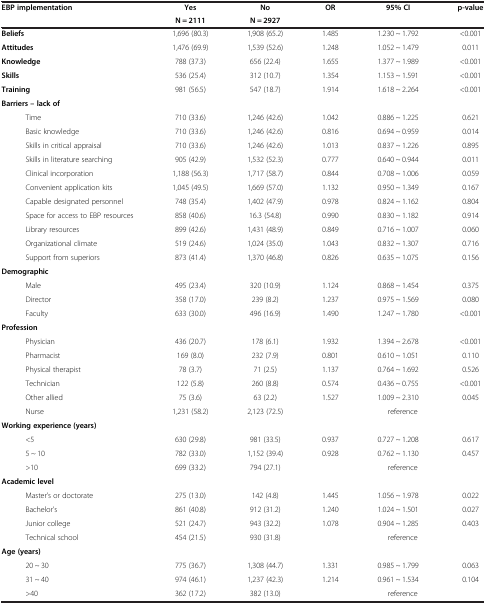
<table><thead><tr><td rowspan="2"><b>EBP implementation</b></td><td><b>Yes</b></td><td><b>No</b></td><td rowspan="2"><b>OR</b></td><td rowspan="2"><b>95% CI</b></td><td rowspan="2"><b>p-value</b></td></tr><tr><td><b>N = 2111</b></td><td><b>N = 2927</b></td></tr></thead><tbody><tr><td><b>Beliefs</b></td><td>1,696 (80.3)</td><td>1,908 (65.2)</td><td>1.485</td><td>1.230 ~ 1.792</td><td>&lt;0.001</td></tr><tr><td><b>Attitudes</b></td><td>1,476 (69.9)</td><td>1,539 (52.6)</td><td>1.248</td><td>1.052 ~ 1.479</td><td>0.011</td></tr><tr><td><b>Knowledge</b></td><td>788 (37.3)</td><td>656 (22.4)</td><td>1.655</td><td>1.377 ~ 1.989</td><td>&lt;0.001</td></tr><tr><td><b>Skills</b></td><td>536 (25.4)</td><td>312 (10.7)</td><td>1.354</td><td>1.153 ~ 1.591</td><td>&lt;0.001</td></tr><tr><td><b>Training</b></td><td>981 (56.5)</td><td>547 (18.7)</td><td>1.914</td><td>1.618 ~ 2.264</td><td>&lt;0.001</td></tr><tr><td><b>Barriers – lack of</b></td><td> </td><td> </td><td> </td><td> </td><td> </td></tr><tr><td>Time</td><td>710 (33.6)</td><td>1,246 (42.6)</td><td>1.042</td><td>0.886 ~ 1.225</td><td>0.621</td></tr><tr><td>Basic knowledge</td><td>710 (33.6)</td><td>1,246 (42.6)</td><td>0.816</td><td>0.694 ~ 0.959</td><td>0.014</td></tr><tr><td>Skills in critical appraisal</td><td>710 (33.6)</td><td>1,246 (42.6)</td><td>1.013</td><td>0.837 ~ 1.226</td><td>0.895</td></tr><tr><td>Skills in literature searching</td><td>905 (42.9)</td><td>1,532 (52.3)</td><td>0.777</td><td>0.640 ~ 0.944</td><td>0.011</td></tr><tr><td>Clinical incorporation</td><td>1,188 (56.3)</td><td>1,717 (58.7)</td><td>0.844</td><td>0.708 ~ 1.006</td><td>0.059</td></tr><tr><td>Convenient application kits</td><td>1,045 (49.5)</td><td>1,669 (57.0)</td><td>1.132</td><td>0.950 ~ 1.349</td><td>0.167</td></tr><tr><td>Capable designated personnel</td><td>748 (35.4)</td><td>1,402 (47.9)</td><td>0.978</td><td>0.824 ~ 1.162</td><td>0.804</td></tr><tr><td>Space for access to EBP resources</td><td>858 (40.6)</td><td>16.3 (54.8)</td><td>0.990</td><td>0.830 ~ 1.182</td><td>0.914</td></tr><tr><td>Library resources</td><td>899 (42.6)</td><td>1,431 (48.9)</td><td>0.849</td><td>0.716 ~ 1.007</td><td>0.060</td></tr><tr><td>Organizational climate</td><td>519 (24.6)</td><td>1,024 (35.0)</td><td>1.043</td><td>0.832 ~ 1.307</td><td>0.716</td></tr><tr><td>Support from superiors</td><td>873 (41.4)</td><td>1,370 (46.8)</td><td>0.826</td><td>0.635 ~ 1.075</td><td>0.156</td></tr><tr><td><b>Demographic</b></td><td> </td><td> </td><td> </td><td> </td><td> </td></tr><tr><td>Male</td><td>495 (23.4)</td><td>320 (10.9)</td><td>1.124</td><td>0.868 ~ 1.454</td><td>0.375</td></tr><tr><td>Director</td><td>358 (17.0)</td><td>239 (8.2)</td><td>1.237</td><td>0.975 ~ 1.569</td><td>0.080</td></tr><tr><td>Faculty</td><td>633 (30.0)</td><td>496 (16.9)</td><td>1.490</td><td>1.247 ~ 1.780</td><td>&lt;0.001</td></tr><tr><td><b>Profession</b></td><td> </td><td> </td><td> </td><td> </td><td> </td></tr><tr><td>Physician</td><td>436 (20.7)</td><td>178 (6.1)</td><td>1.932</td><td>1.394 ~ 2.678</td><td>&lt;0.001</td></tr><tr><td>Pharmacist</td><td>169 (8.0)</td><td>232 (7.9)</td><td>0.801</td><td>0.610 ~ 1.051</td><td>0.110</td></tr><tr><td>Physical therapist</td><td>78 (3.7)</td><td>71 (2.5)</td><td>1.137</td><td>0.764 ~ 1.692</td><td>0.526</td></tr><tr><td>Technician</td><td>122 (5.8)</td><td>260 (8.8)</td><td>0.574</td><td>0.436 ~ 0.755</td><td>&lt;0.001</td></tr><tr><td>Other allied</td><td>75 (3.6)</td><td>63 (2.2)</td><td>1.527</td><td>1.009 ~ 2.310</td><td>0.045</td></tr><tr><td>Nurse</td><td>1,231 (58.2)</td><td>2,123 (72.5)</td><td colspan="3">reference</td></tr><tr><td><b>Working experience (years)</b></td><td> </td><td> </td><td> </td><td> </td><td> </td></tr><tr><td>&lt;5</td><td>630 (29.8)</td><td>981 (33.5)</td><td>0.937</td><td>0.727 ~ 1.208</td><td>0.617</td></tr><tr><td>5 ~ 10</td><td>782 (33.0)</td><td>1,152 (39.4)</td><td>0.928</td><td>0.762 ~ 1.130</td><td>0.457</td></tr><tr><td>&gt;10</td><td>699 (33.2)</td><td>794 (27.1)</td><td colspan="3">reference</td></tr><tr><td><b>Academic level</b></td><td> </td><td> </td><td> </td><td> </td><td> </td></tr><tr><td>Master’s or doctorate</td><td>275 (13.0)</td><td>142 (4.8)</td><td>1.445</td><td>1.056 ~ 1.978</td><td>0.022</td></tr><tr><td>Bachelor’s</td><td>861 (40.8)</td><td>912 (31.2)</td><td>1.240</td><td>1.024 ~ 1.501</td><td>0.027</td></tr><tr><td>Junior college</td><td>521 (24.7)</td><td>943 (32.2)</td><td>1.078</td><td>0.904 ~ 1.285</td><td>0.403</td></tr><tr><td>Technical school</td><td>454 (21.5)</td><td>930 (31.8)</td><td colspan="3">reference</td></tr><tr><td><b>Age (years)</b></td><td> </td><td> </td><td> </td><td> </td><td> </td></tr><tr><td>20 ~ 30</td><td>775 (36.7)</td><td>1,308 (44.7)</td><td>1.331</td><td>0.985 ~ 1.799</td><td>0.063</td></tr><tr><td>31 ~ 40</td><td>974 (46.1)</td><td>1,237 (42.3)</td><td>1.214</td><td>0.961 ~ 1.534</td><td>0.104</td></tr><tr><td>&gt;40</td><td>362 (17.2)</td><td>382 (13.0)</td><td colspan="3">reference</td></tr></tbody></table>